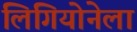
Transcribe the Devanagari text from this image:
लिगियोनेला